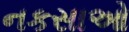
નકસાઓ